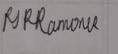
Signature authenticity: genuine